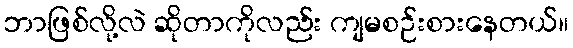
ဘာဖြစ်လို့လဲ ဆိုတာကိုလည်း ကျမစဉ်းစားနေတယ်။